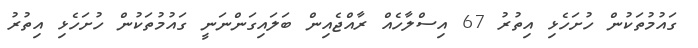
ގައުމުތަކުން ހުށަހެޅި އިތުރު 67 އިސްލާހެއް ރާއްޖެއިން ބަަލައިގަންނަނީ ގައުމުތަކުން ހުށަހެޅި އިތުރު